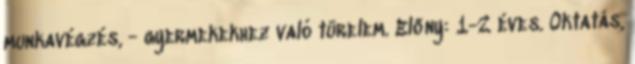
munkavégzés, - gyermekekhez való türelem. Előny: 1-2 éves. Oktatás,